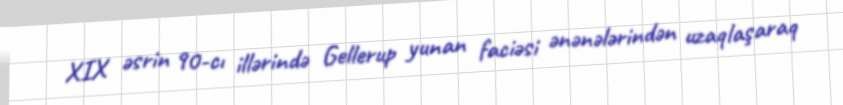
XIX əsrin 90-cı illərində Gellerup yunan faciəsi ənənələrindən uzaqlaşaraq